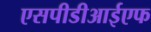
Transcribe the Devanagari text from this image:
एसपीडीआईएफ